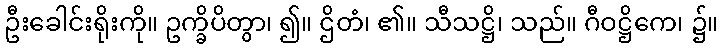
ဦးခေါင်းရိုးကို။ ဥက္ခိပိတွာ၊ ၍။ ဌိတံ၊ ၏။ သီသဋ္ဌိ၊ သည်။ ဂီဝဋ္ဌိကေ၊ ၌။